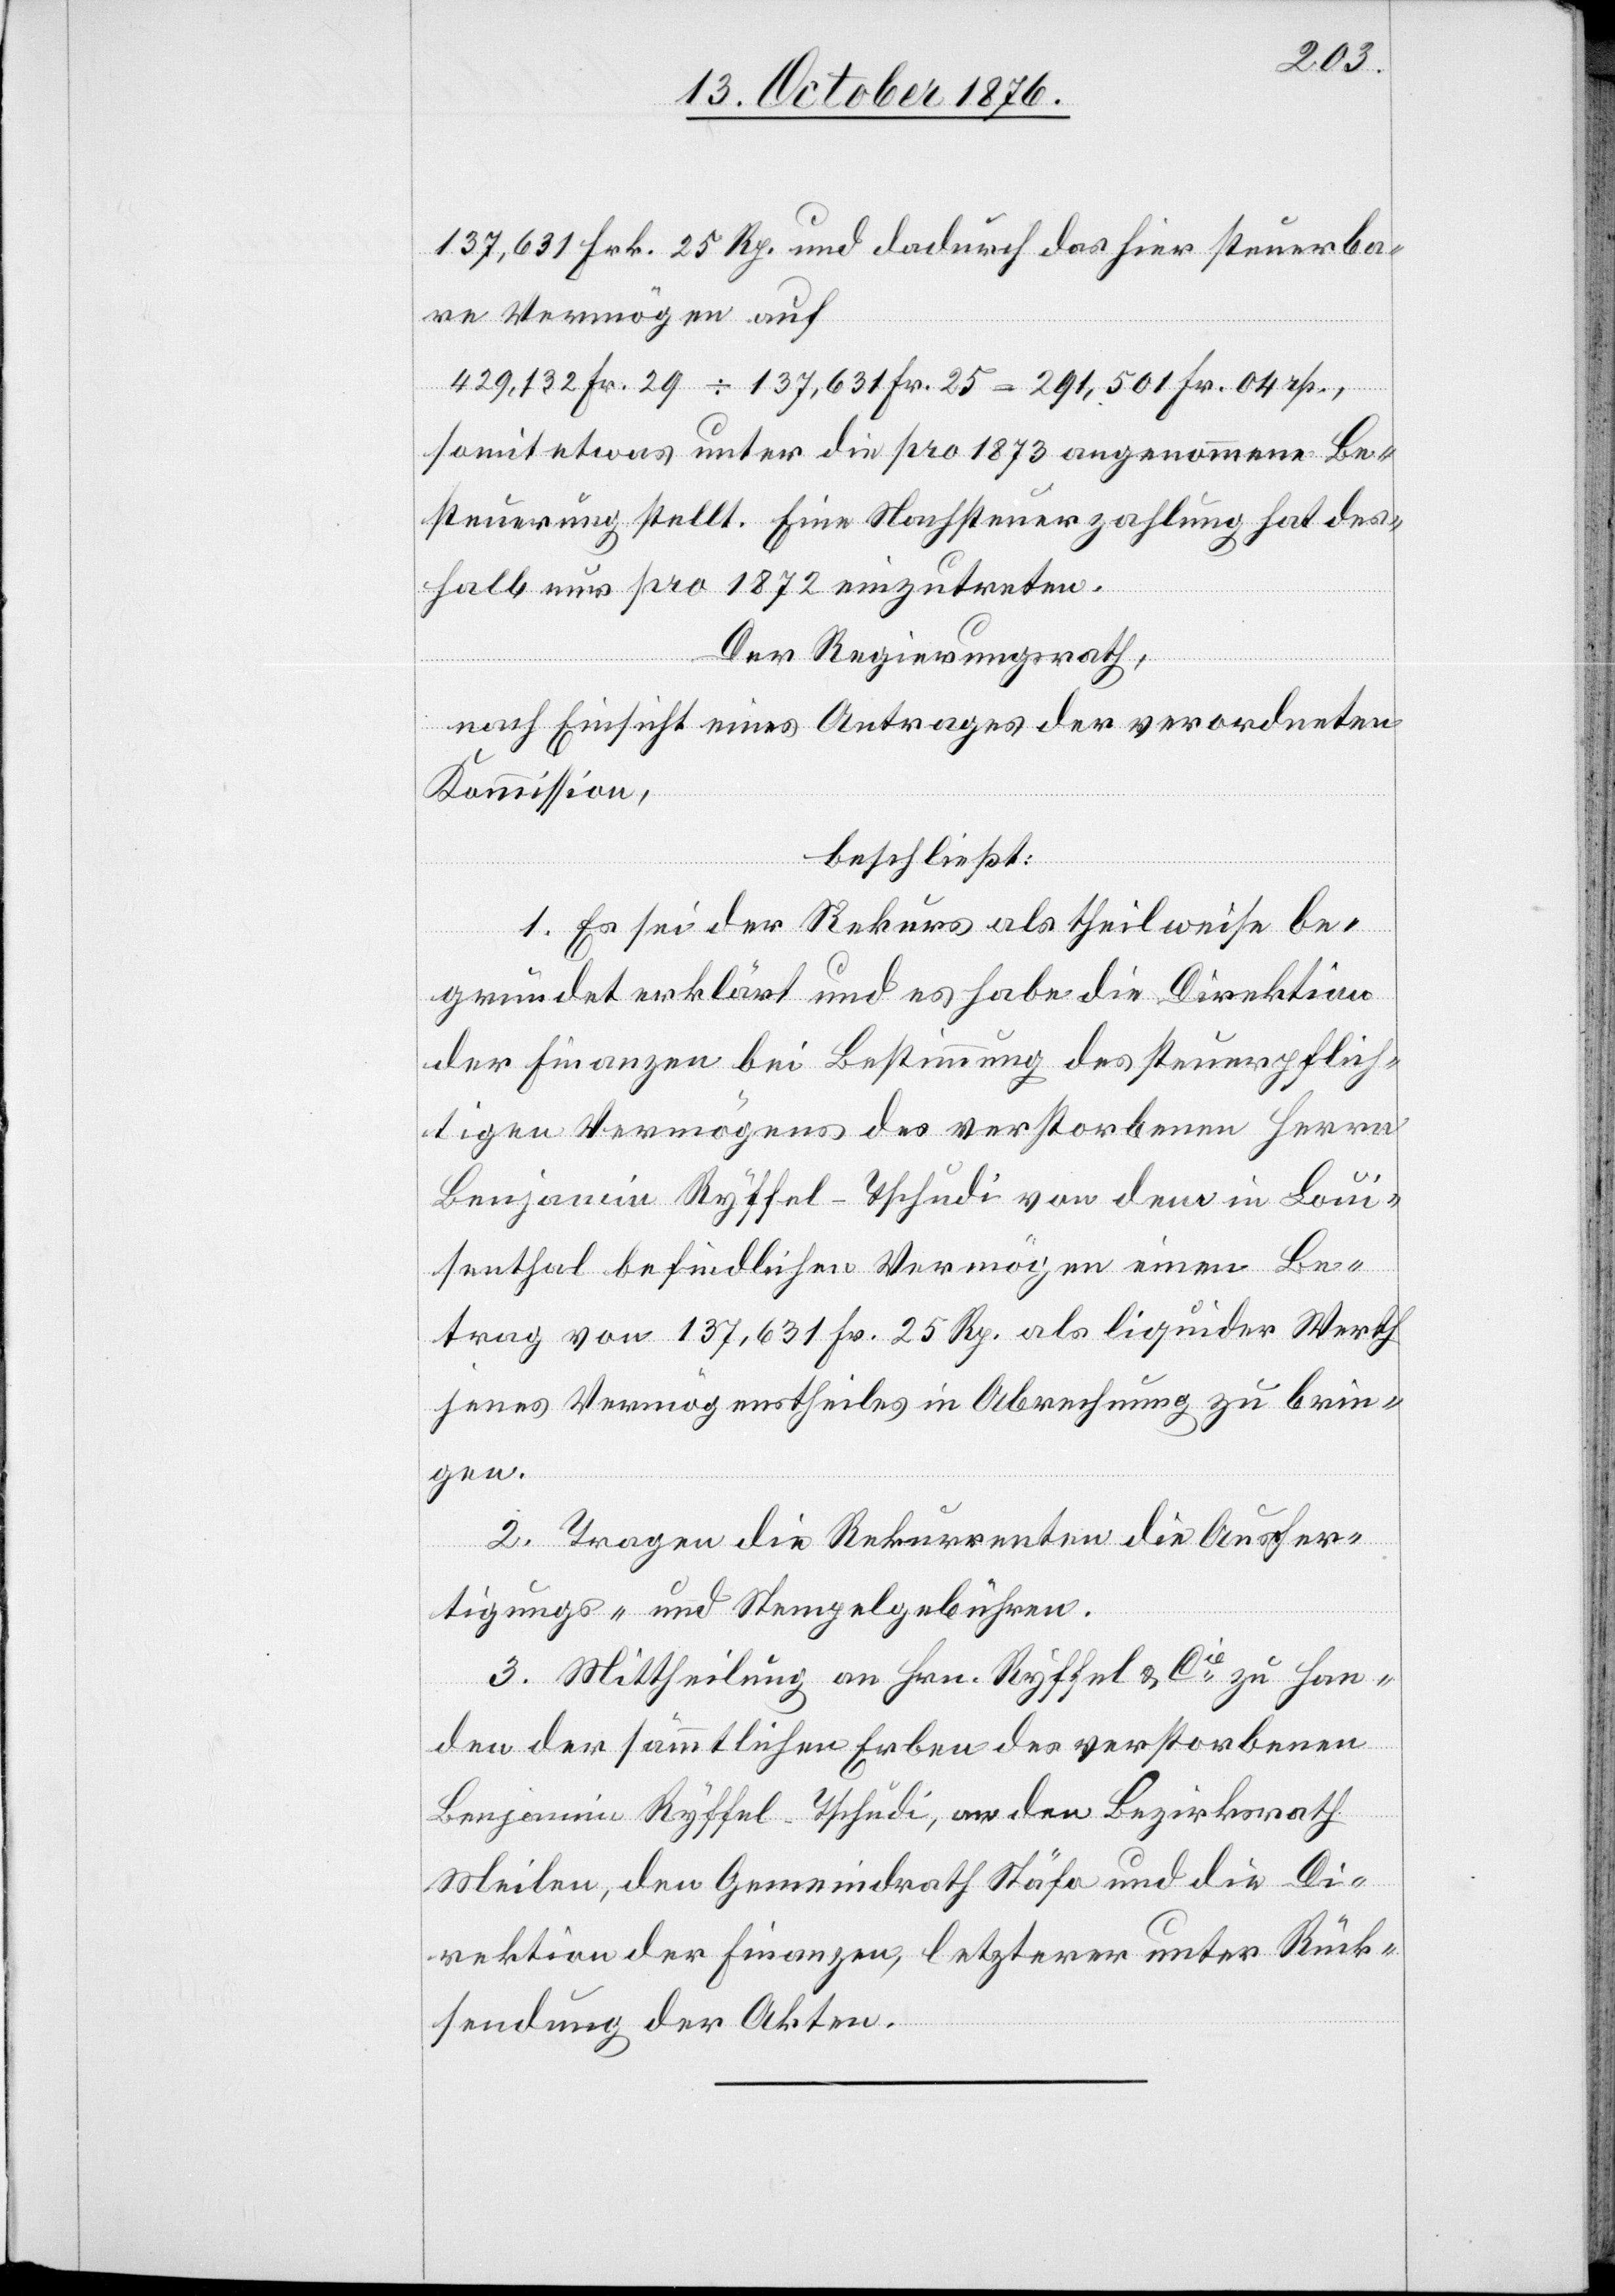
137,631 Frk. 25 Rp. und dadurch das hier steuerba¬
re Vermögen auf
429,132 Fr. 29 ÷ 137,631 Fr. 25 = 291,501 Fr. 04 rp.
somit etwas unter die pro 1873 angenommene Be¬
steuerung stellt. Eine Nachsteuerzahlung hat des¬
halb nur pro 1872 einzutreten.
Der Regierungsrath,
nach Einsicht eines Antrages der verordneten
Kommission,
beschließt:
1. Es sei der Rekurs als theilweise be¬
gründet erklärt und es habe die Direktion
der Finanzen bei Bestimmung des steuerpflich¬
tigen Vermögens des verstorbenen Herrn
Benjamin Ryffel-Tschudi von dem in Loui¬
senthal befindlichen Vermögen einen Be¬
trag von 137,631 Fr. 25. Rp. als liquider Werth
jenes Vermögenstheiles in Abrechnung zu brin¬
gen.
2. Tragen die Rekurrenten die Ausfer¬
tigungs- und Stempelgebühren.
3. Mittheilung an Hrn. Ryffel & Cie zu Han¬
den der sämmtlichen Erben des verstorbenen
Benjamin Ryffel-Tschudi, an den Bezirksrath
Meilen, den Gemeindrath Stäfa und die Di¬
rektion der Finanzen, letzterer unter Rück¬
sendung der Akten.